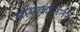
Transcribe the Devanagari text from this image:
मसिकांनंतर